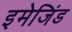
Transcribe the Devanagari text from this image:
इमेजिंड